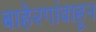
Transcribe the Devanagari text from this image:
बाहेरगांवाहून